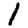
Digit: 1